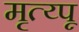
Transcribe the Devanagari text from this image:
मृत्य्पू